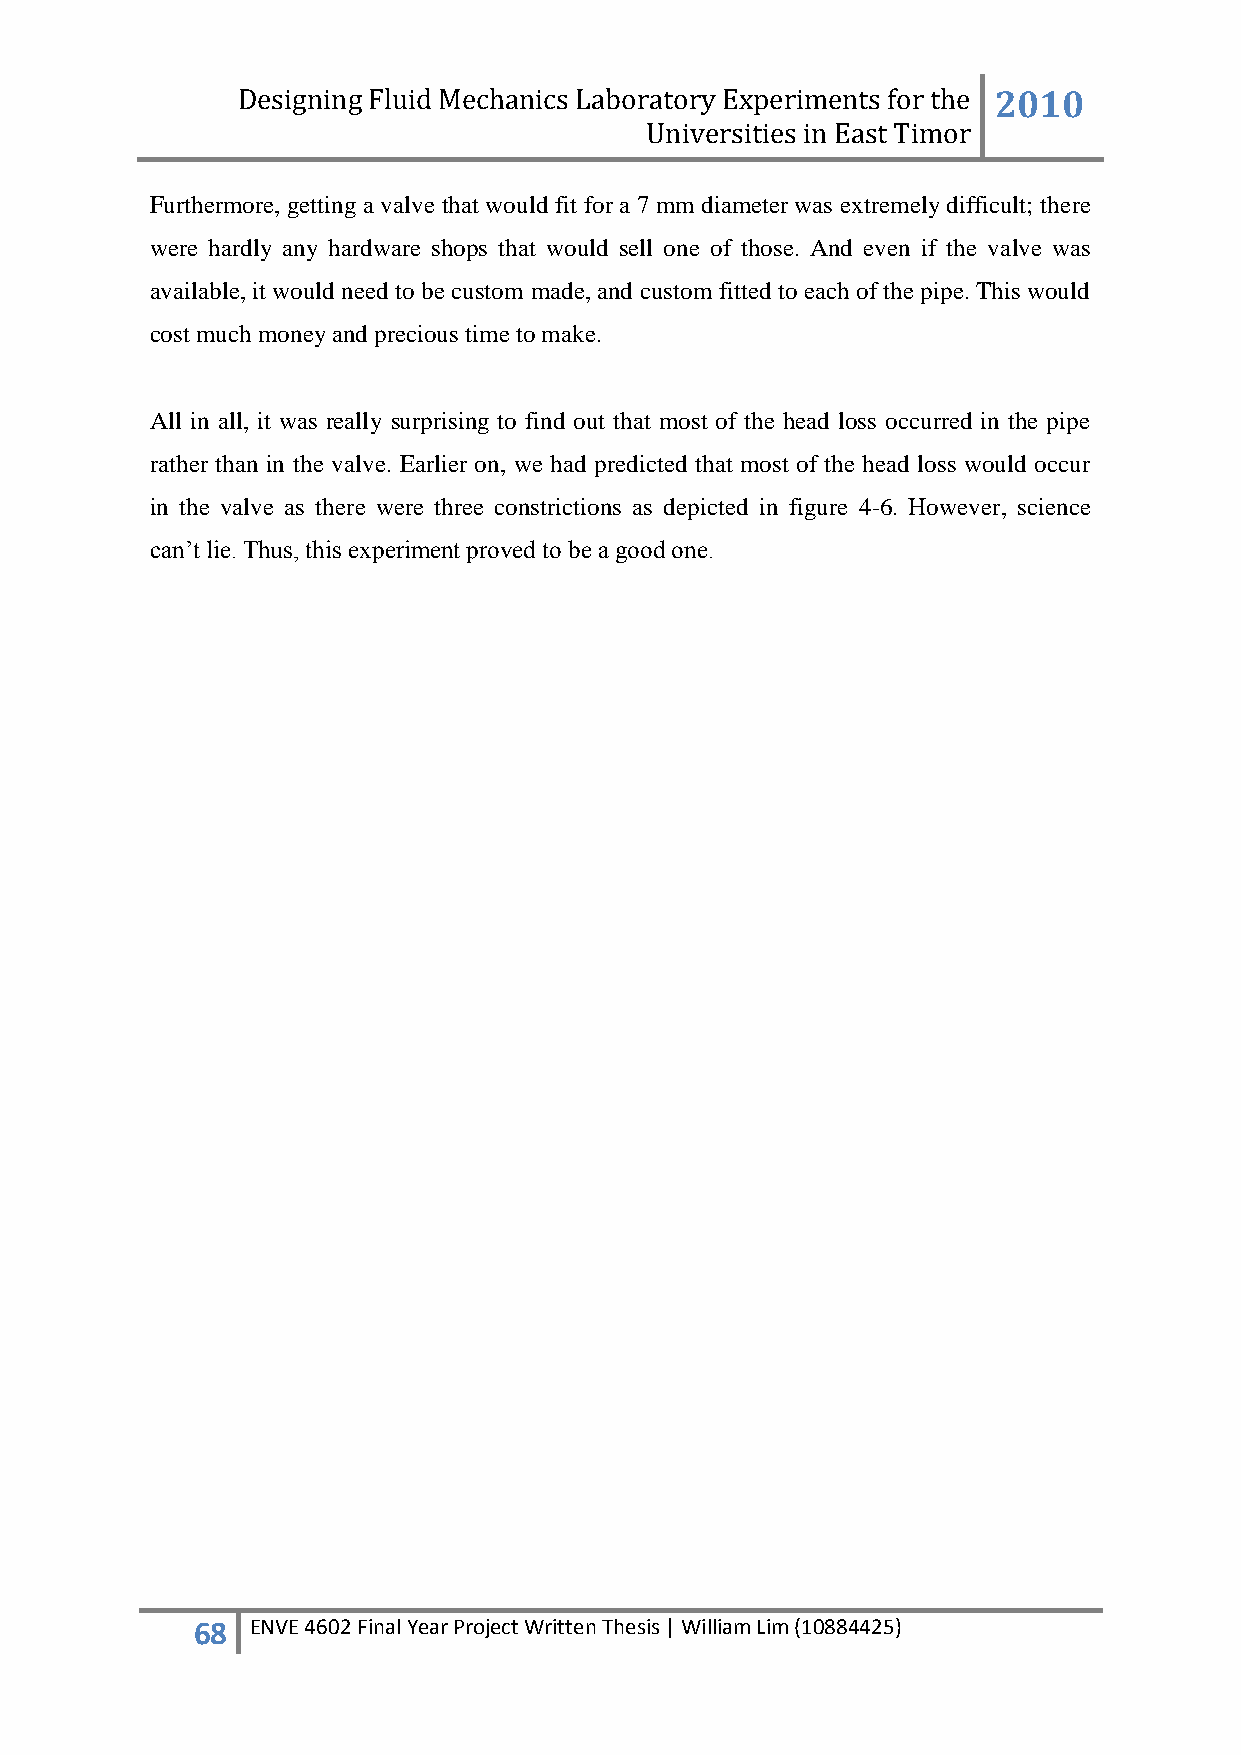
Designing Fluid Mechanics Laboratory Experiments for the 2010
 Universities in East Timor
 Furthermore, getting a valve that would fit for a 7 mm diameter was extremely difficult; there
 were hardly any hardware shops that would sell one of those. And even if the valve was
 available, it would need to be custom made, and custom fitted to each of the pipe. This would
 cost much money and precious time to make.
 All in all, it was really surprising to find out that most of the head loss occurred in the pipe
 rather than in the valve. Earlier on, we had predicted that most of the head loss would occur
 in the valve as there were three constrictions as depicted in figure 4-6. However, science
 can‟t lie. Thus, this experiment proved to be a good one.
 68  ENVE 4602 Final Year Project Written Thesis | William Lim (10884425)